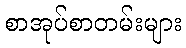
စာအုပ်စာတမ်းများ